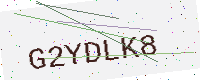
Text: G2YDLK8